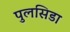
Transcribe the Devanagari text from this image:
पुलसिडा